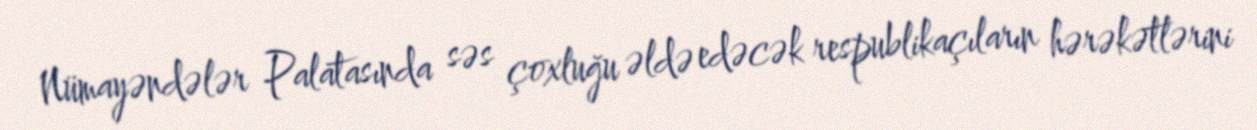
Nümayəndələr Palatasında səs çoxluğu əldə edəcək respublikaçıların hərəkətlərini